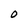
Character: 0